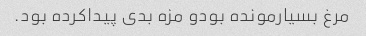
مرغ بسیارمونده بودو مزه بدی پیداکرده بود.